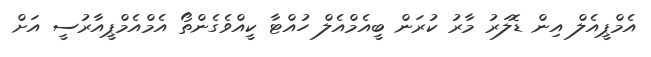
އެމްޕީއެލް އިން ޑޮލަރު މާރު ކުރަން ބީއެމްއެލް ހުއްޓާ ކީއްވެގެންތޯ އެމްއެމްޕީއާރުސީ އަށް